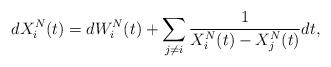
LaTeX: \begin{align*}dX^N_i(t)=dW^N_i(t)+\sum_{j\ne i}^{}\frac{1}{X^N_i(t)-X^N_j(t)}dt,\end{align*}